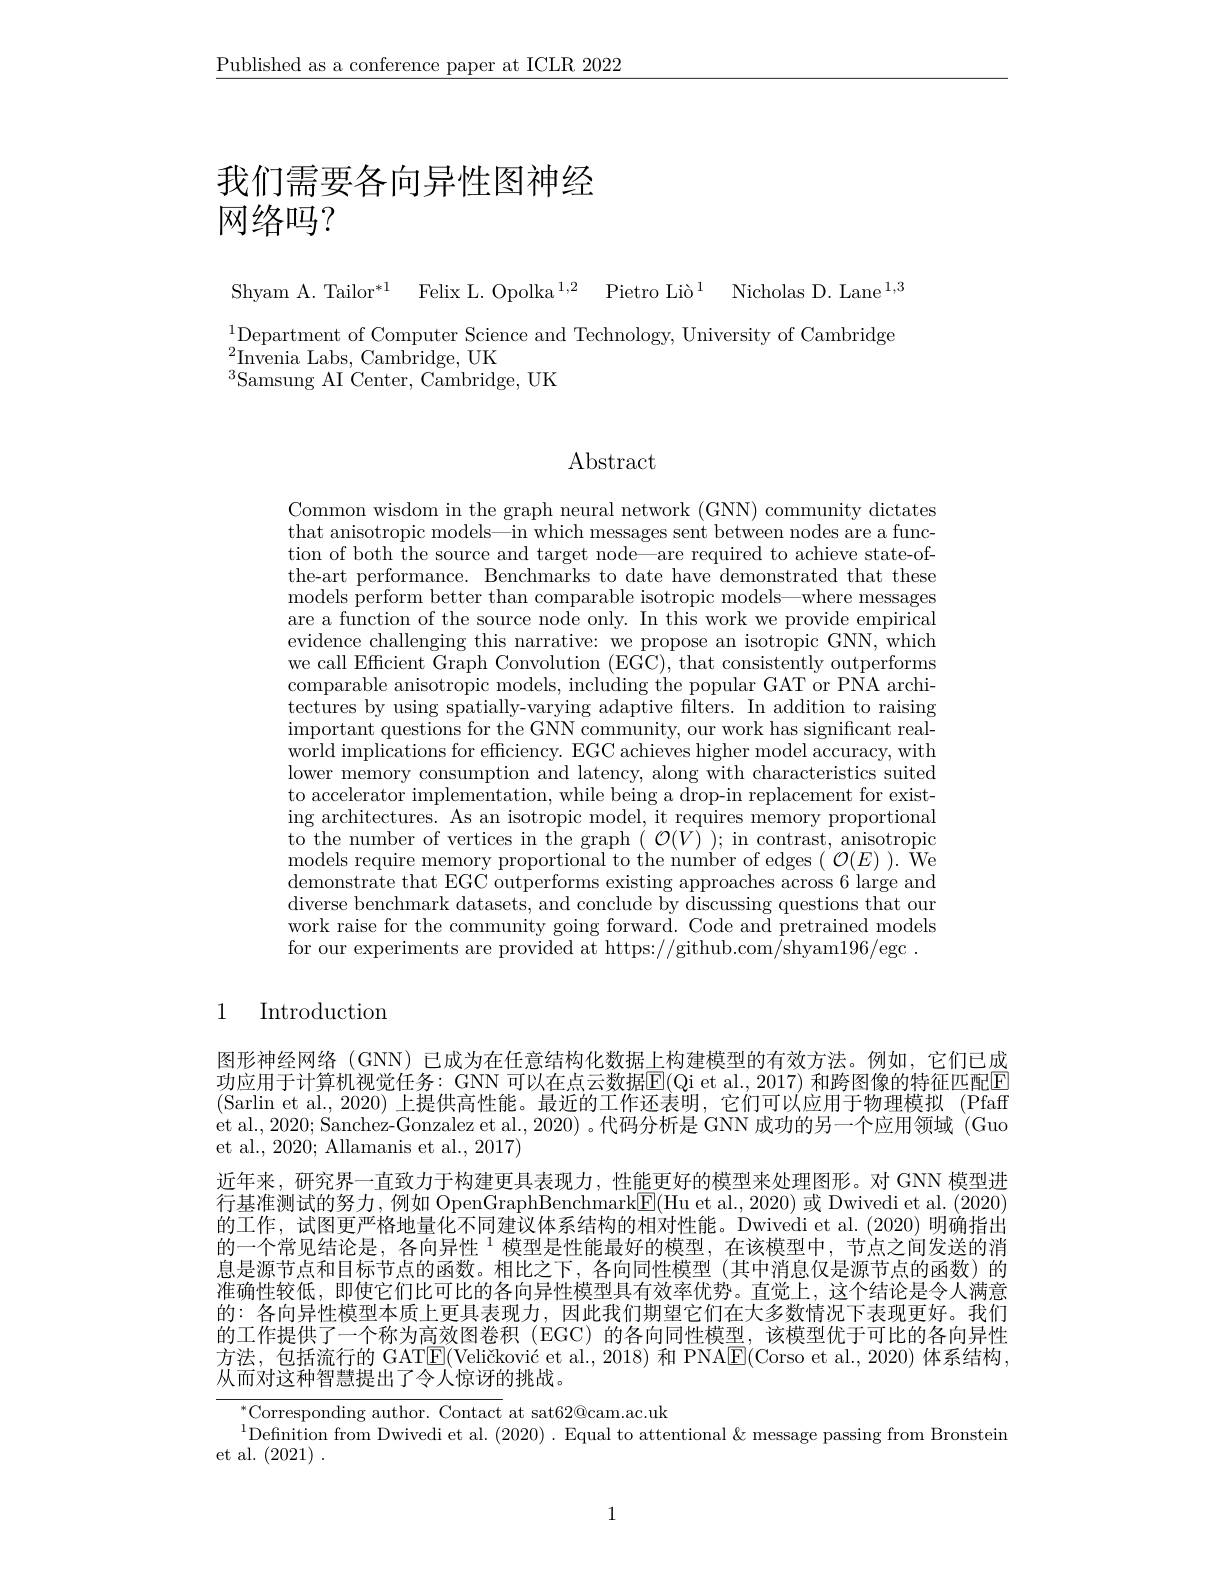
$\underline{\text{Published as a conference paper at ICLR 2022}}$

# 我们需要各向异性图神经网络吗？

Shyam A. Tailor$^* 1$ Felix L. Opolka$^{1, 2}$ $\text{Pietro Li\` {o}}^{1}$ Nicholas D. Lane$^{1,3}$

$\overset{1}{\operatorname*{\text{Department of Computer Science and Technology, University of Cambridge}}}$
$^{2}\tilde{\mathrm{Invenia~Labs,~Cambridge,~UK}}$
$^{3}$Samsung AI Center, Cambridge, UK

Abstract

Common wisdom in the graph neural network (GN) community dictates that anisotropic models—in which messages sent between nodes are a function of both the source and target node—are required to achieve state-ofthe-art performance. Benchmarks to date have demonstrated that these ${\mathrm{models~perform~better~than~comparable~isotropic~models-where~messages}}$ are a function of the source node only. In this work we provide empirical evidence challenging this narrative: we propose an isotropic GNN, which we call Efficient Graph Convolution (EGC), that consistently outperforms comparable anisotropic model tectures by using spatially-varying adaptive filters. In addition to raising important questions for the GNN community, our work has significant realworld implications for efficiency. EGC achieves higher model accuracy, with lower memory consumption and latency, along with characteristics suited to accelerator implementatio ing architectures. As an isotropic model, it requires memory proportional to the number of vertices in models require memory proportional to the number of edges $({^{\prime}\mathcal{O}}(E)).$ We demonstrate that EGC outperf diverse benchmark datasets, and conclude by discussing questions that our work raise for the community for our experiments are provided at https://github.com/shyam196/egc .

## 1 Introduction

图形神经网络 (GNN) 已成为在任意结构化数据上构建模型的有效方法。例如，它们已成功应用于计算机视觉任务：GNN 可以在点云数据$\mathbb{E}$ (Sarlin et al., 2020) 上提供高性能。最近的工作还表明，它们可以应用于物理模拟(Pfaff et al., 2020; Sanchez-Gonzal et al., 2020; Allamanis et al., 2017)
近年来，研究界一直致力于构建更具表现力，性能更好的模型来处理图形。对 GNN 模型进行基准测试的努力，例如 OpenGraphBenchma 的工作，试图更严格地量化不同建议体系结构的相对性能。Dwivedi et al.(2020) 明确指出的一个常见结论是，各向异性$^{1}$模型是性能最息是源节点和目标节点的函数。相比之下，各向同性模型(其中消息仅是源节点的函数)的准确性较低，即使它们比可比的各向异性模型具有效率优势。直的：各向异性模型本质上更具表现力，因此我们期望它们在大多数情况下表现更好。我们的工作提供了一个称为高效图卷积(EGC)的各向同性模型，该模型优于可比的各向异性方法，包括流行的 GATE(Veličković et 从而对这种智慧提出了令人惊讶的挑战。
$^{*}$Corresponding author.
$^{1}$Definition from Dwived

et al. (2021) .

1